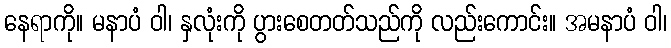
နေရာကို။ မနာပံ ဝါ၊ နှလုံးကို ပွားစေတတ်သည်ကို လည်းကောင်း။ အမနာပံ ဝါ၊